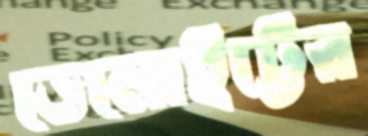
ডেলোইট্টের